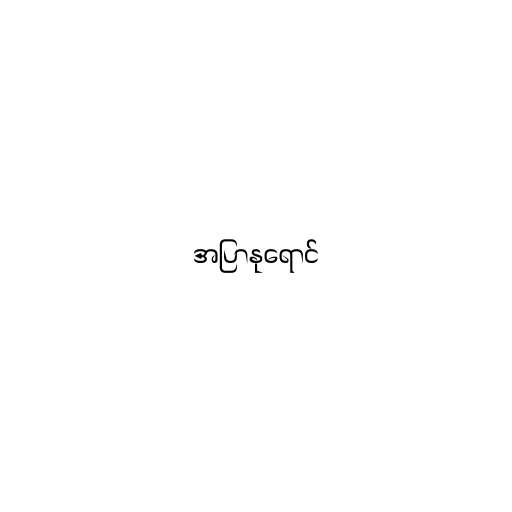
အပြာနုရောင်